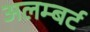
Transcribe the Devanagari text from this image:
अलम्बर्ट